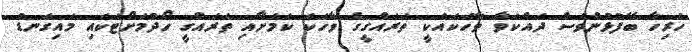
ހުރިހާ ބޭފުޅުންވެސް ދައްކަވާ ވާހަކައަކީ ތަރައްގީގެ ވާހަކަ ކަަމަށާއި ތަރައްގީ ހޯދުމަށްޓަކައި މައިގަނޑު